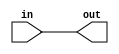
module fpu_bufrpt_grp64 (
	in,
	out
);
	
	input [63:0] in;
	output [63:0] out;

	assign out[63:0] = in[63:0];

endmodule